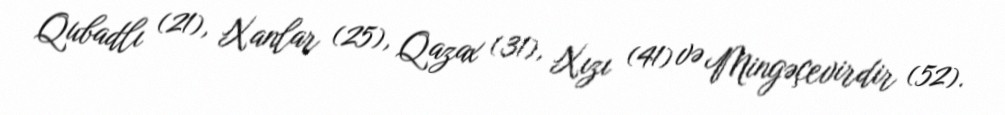
Qubadlı (21), Xanlar (25), Qazax (31), Xızı (41) və Mingəçevirdir (52).